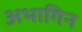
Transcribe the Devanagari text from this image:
अभागिन